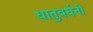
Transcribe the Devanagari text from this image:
धातुवर्धनी